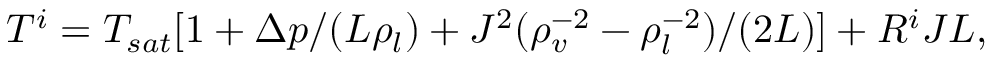
T ^ { i } = T _ { s a t } [ 1 + { \Delta p } / ( { { \cal L } \rho _ { l } } ) + { J ^ { 2 } } ( \rho _ { v } ^ { - 2 } - \rho _ { l } ^ { - 2 } ) / ( { 2 { \cal L } } ) ] + R ^ { i } J { \cal L } ,